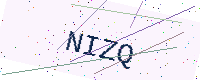
Text: NIZQ